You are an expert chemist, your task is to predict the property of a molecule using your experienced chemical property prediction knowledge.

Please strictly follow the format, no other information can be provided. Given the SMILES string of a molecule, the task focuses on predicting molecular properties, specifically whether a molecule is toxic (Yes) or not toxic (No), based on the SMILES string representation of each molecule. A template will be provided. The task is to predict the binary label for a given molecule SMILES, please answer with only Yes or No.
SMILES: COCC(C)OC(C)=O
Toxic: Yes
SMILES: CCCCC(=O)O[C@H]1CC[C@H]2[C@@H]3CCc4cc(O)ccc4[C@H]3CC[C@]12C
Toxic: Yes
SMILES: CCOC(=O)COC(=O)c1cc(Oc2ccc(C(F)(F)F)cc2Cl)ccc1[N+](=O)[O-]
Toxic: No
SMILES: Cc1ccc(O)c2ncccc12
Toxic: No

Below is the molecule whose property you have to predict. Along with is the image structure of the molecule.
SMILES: O=C(CCCl)NCc1ccccc1
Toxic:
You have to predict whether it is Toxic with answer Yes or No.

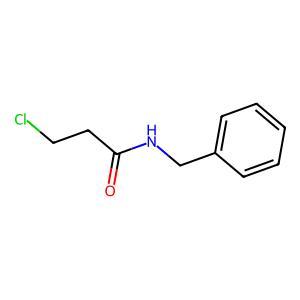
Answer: No